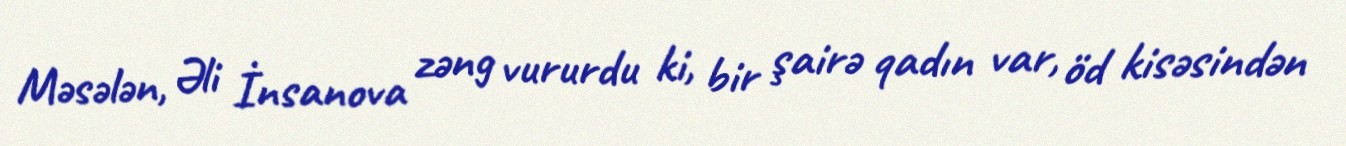
Məsələn, Əli İnsanova zəng vururdu ki, bir şairə qadın var, öd kisəsindən